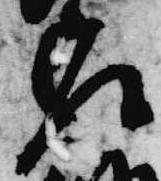
座